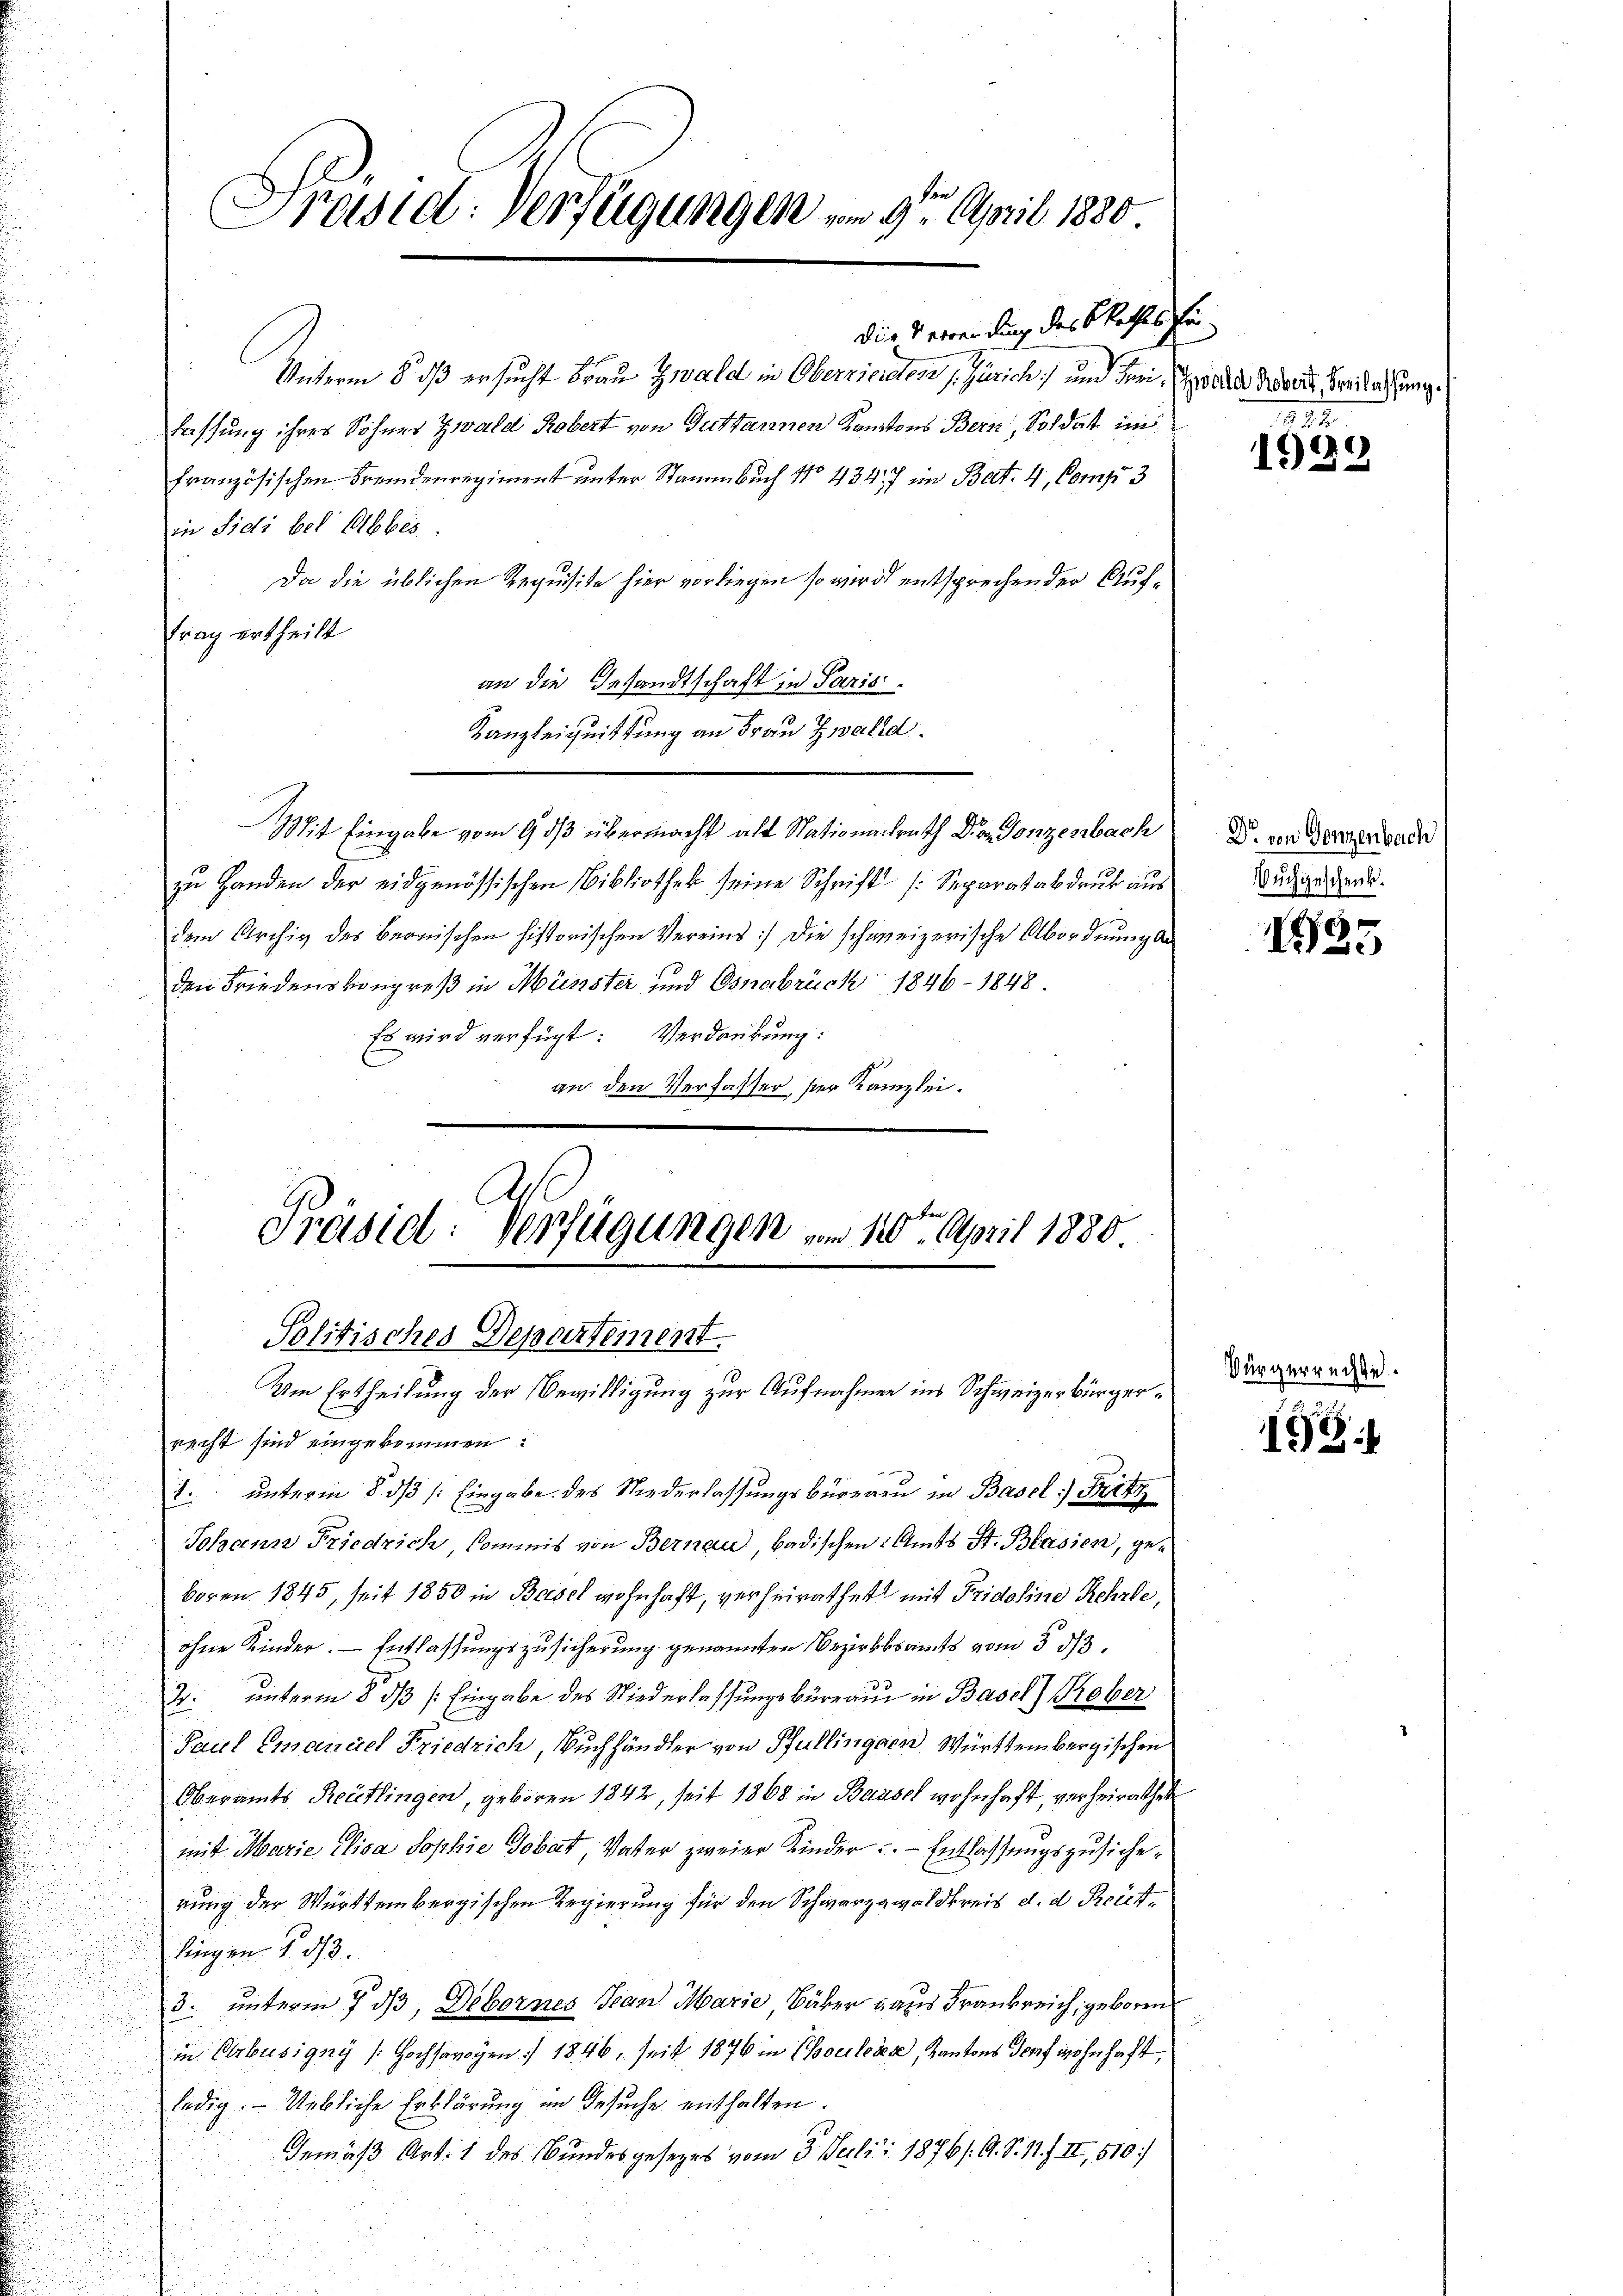
Präsid. Verfügungen vom 31. April 1880

die Verwendung des Rathes fü
Unterm 8. ds ersucht Frau Zwald in Oberriereten, s. Zürich) und dem Gilder Moser, Freilassung
fassung ihres Sohner Zwald Robert von Guttannen Kantons Bern, Soldat im
französischen Fremdenregiment unter Standbuch No 434, 7 im Bat. 4, Comp. 3
in Fidi bei Abbes
Da die üblichen Requisite hier vorliegen so wird entsprechen der Auftrag ertheilt
an die Gesandtschaft in Paris
Kanzleichnittung an Frau Zwalld
Mit Eingabe vom 9. ds übermacht alt Stationalrath Dr. Gonzenbach
zu Handen der eidgenössischen Bibliothek seine Schrift (Separatabdruk aus
dem Archiv des Bernischen historischen Vereins) die schweizerische Abordnung de
den Friedenskongreß in Münster und Osnabrück 1846 - 1848.
Es wird verfügt: Verdankung:
an den Verfasser, ser Kanzlei.

Präsid. Verfügungen am 10ten April 1880
Politisches Departement.
Um Ertheilung der Bewilligung zur Aufnahmen ins Schweizerbürger¬

recht sind eingekommen:
1. unterm 8. ds /: Eingabe des Niederlassungsbüreau in Basel Fritz
Johann Friedrich, kommis von Bernau, badischen Amts St. Blasien, geboren 1845, seit 1850 in Basel wohnhaft, verheirathet mit Fridoline Rehrde,
ohne Kinder. - Entlassungszusicherung genannten Bezirksamts vom 3 1/3.
2: unterm 8. ds /: Eingabe des Niederlassungsbüreau in Basel Rober
Paul Emanuel Friedrich Buchhändler von Bullingen Württembergischen
Oberamts Reutlingen, geboren 1842, seit 1868 in Bausch wohnhaft, verheirathet
mit Marie elica Sophie Gobat, Vater zweier Kinder. - Entlassungszusicherung der Württembergischen Regierung für den Schwarzwaldkreis d. d. Reitlingen 153.
3. unterm 7 dß, Debornes Jean Marie, Bäker aus Frankreich, geboren
in Verbusigny (Hochsangen. 1846, seit 1876 in Coulenz, Kantons Torf wohnhaft,
ledig. Uebliche Erklärung im Gesuche enthalten.
Gemäß Art. 1 des Bundes gesezes vom 3. Julii 1876/. A. S. 11. II, 510)

222.

1992

Dr. von Ganzenbach
uchgeschenk.

155

Vürgerrechte.

198.